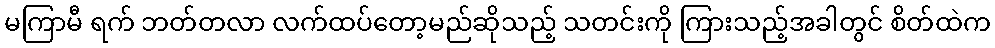
မကြာမီ ရက် ဘတ်တလာ လက်ထပ်တော့မည်ဆိုသည့် သတင်းကို ကြားသည့်အခါတွင် စိတ်ထဲက